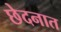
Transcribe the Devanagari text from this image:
छेदनात